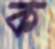
ক